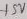
Text: +5V